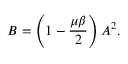
B = \left( 1 - \frac { \mu \beta } { 2 } \right) A ^ { 2 } .